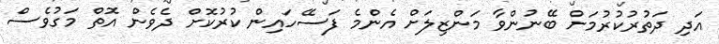
އަދި ދަތުރުކުރުމަށް ބޭނުންވާ މަންޒިލަށް އެންމެ ފަސޭހައިން ކުރުކޮށް ދެވެން އޮތް މަގުވެސް